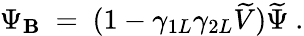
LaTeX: \Psi_{\mathbf{B}}\ =\ (1-\gamma_{1L}\gamma_{2L}\widetilde{V})\widetilde{\Psi}\ .